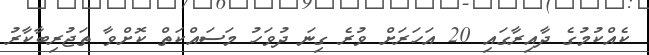
ކެއްކުމުގެ ދާއިރާގައި 20 އަހަރަށް ވުރެ ގިނަ ދުވަހު މަސައްކަތް ކޮށްވާ ތަޖުރިބާކާރު